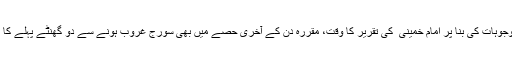
ایسی ہی وجوہات کی بنا پر امام خمینی ؒ کی تقریر کا وقت، مقررہ دن کے آخری حصے میں بھی سورج غروب ہونے سے دو گھنٹے پہلے کا رکھا گیا۔